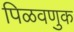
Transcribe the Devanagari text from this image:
पिळवणुक